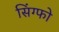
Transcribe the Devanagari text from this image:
सिंग्फो